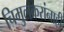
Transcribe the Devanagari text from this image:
चिमुलकरांनाही